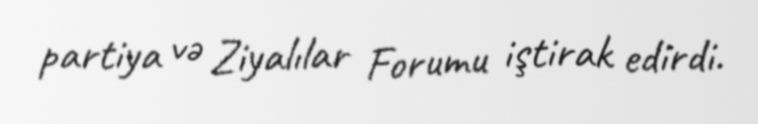
partiya və Ziyalılar Forumu iştirak edirdi.